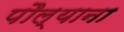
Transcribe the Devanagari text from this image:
पौल्याना